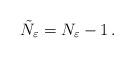
LaTeX: \begin{align*}\tilde{N}_\varepsilon=N_\varepsilon-1\,.\end{align*}